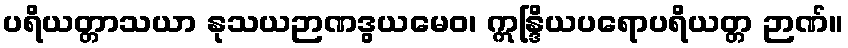
ပရိယတ္တာသယာ နုသယဉာဏဒွယမေဝ၊ ဣန္ဒြိယပရောပရိယတ္တ ဉာဏ်။